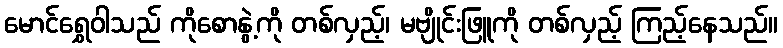
မောင်ရွှေဝါသည် ကိုစောနွဲ့ကို တစ်လှည့်၊ မဗျိုင်းဖြူကို တစ်လှည့် ကြည့်နေသည်။